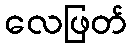
လေဖြတ်